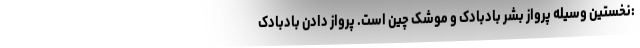
:نخستین وسیله پرواز بشر بادبادک و موشک چین است. پرواز دادن بادبادک